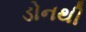
ડોનથી